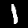
Digit: 1